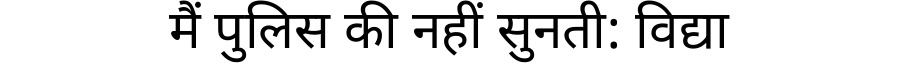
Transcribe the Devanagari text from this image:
मैं पुलिस की नहीं सुनती: विद्या